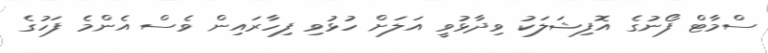
ސްމާޓް ފޯނުގެ އޮފިޝަލަކު ވިދާޅުވީ އަލަށް ހުޅުވި ފިހާރައިން ވެސް އެންމެ ފަހުގެ